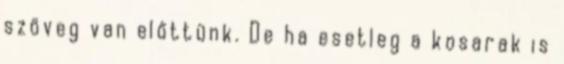
szöveg van előttünk. De ha esetleg a kosarak is